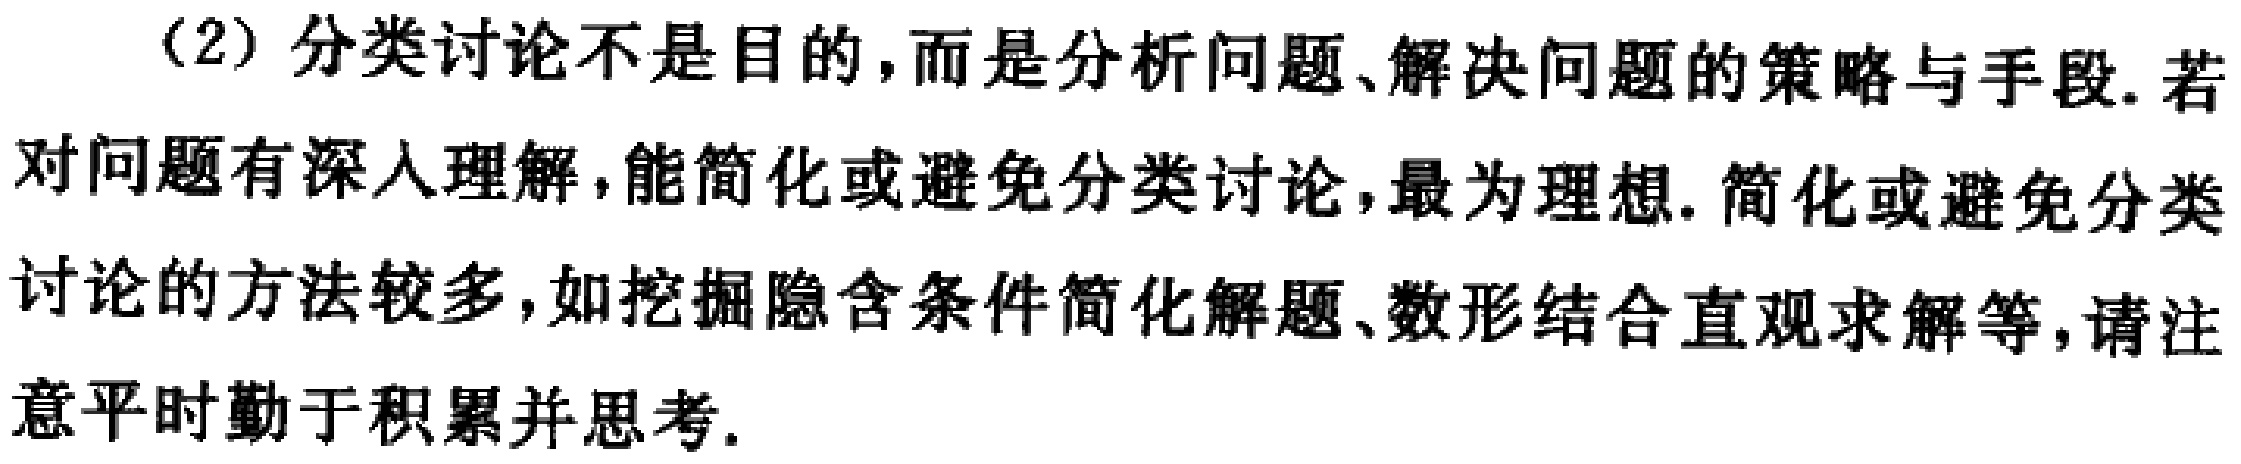
(2) 分类讨论不是目的，而是分析问题、解决问题的策略与手段. 若对问题有深入理解，能简化或避免分类讨论，最为理想. 简化或避免分类讨论的方法较多，如挖掘隐含条件简化解题、数形结合直观求解等，请注意平时勤于积累并思考.